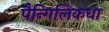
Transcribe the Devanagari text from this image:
पैन्गिलिकधा